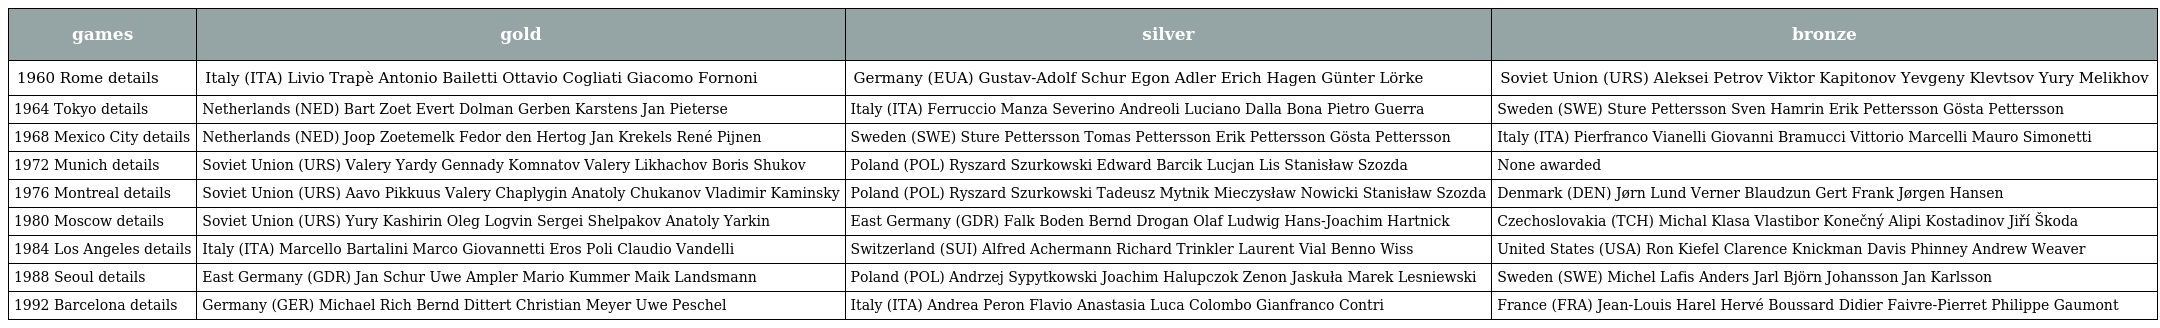
| games | gold | silver | bronze |
 | --- | --- | --- | --- |
 | 1960 Rome details | Italy (ITA) Livio Trapè Antonio Bailetti Ottavio Cogliati Giacomo Fornoni | Germany (EUA) Gustav-Adolf Schur Egon Adler Erich Hagen Günter Lörke | Soviet Union (URS) Aleksei Petrov Viktor Kapitonov Yevgeny Klevtsov Yury Melikhov |
 | 1964 Tokyo details | Netherlands (NED) Bart Zoet Evert Dolman Gerben Karstens Jan Pieterse | Italy (ITA) Ferruccio Manza Severino Andreoli Luciano Dalla Bona Pietro Guerra | Sweden (SWE) Sture Pettersson Sven Hamrin Erik Pettersson Gösta Pettersson |
 | 1968 Mexico City details | Netherlands (NED) Joop Zoetemelk Fedor den Hertog Jan Krekels René Pijnen | Sweden (SWE) Sture Pettersson Tomas Pettersson Erik Pettersson Gösta Pettersson | Italy (ITA) Pierfranco Vianelli Giovanni Bramucci Vittorio Marcelli Mauro Simonetti |
 | 1972 Munich details | Soviet Union (URS) Valery Yardy Gennady Komnatov Valery Likhachov Boris Shukov | Poland (POL) Ryszard Szurkowski Edward Barcik Lucjan Lis Stanisław Szozda | None awarded |
 | 1976 Montreal details | Soviet Union (URS) Aavo Pikkuus Valery Chaplygin Anatoly Chukanov Vladimir Kaminsky | Poland (POL) Ryszard Szurkowski Tadeusz Mytnik Mieczysław Nowicki Stanisław Szozda | Denmark (DEN) Jørn Lund Verner Blaudzun Gert Frank Jørgen Hansen |
 | 1980 Moscow details | Soviet Union (URS) Yury Kashirin Oleg Logvin Sergei Shelpakov Anatoly Yarkin | East Germany (GDR) Falk Boden Bernd Drogan Olaf Ludwig Hans-Joachim Hartnick | Czechoslovakia (TCH) Michal Klasa Vlastibor Konečný Alipi Kostadinov Jiří Škoda |
 | 1984 Los Angeles details | Italy (ITA) Marcello Bartalini Marco Giovannetti Eros Poli Claudio Vandelli | Switzerland (SUI) Alfred Achermann Richard Trinkler Laurent Vial Benno Wiss | United States (USA) Ron Kiefel Clarence Knickman Davis Phinney Andrew Weaver |
 | 1988 Seoul details | East Germany (GDR) Jan Schur Uwe Ampler Mario Kummer Maik Landsmann | Poland (POL) Andrzej Sypytkowski Joachim Halupczok Zenon Jaskuła Marek Lesniewski | Sweden (SWE) Michel Lafis Anders Jarl Björn Johansson Jan Karlsson |
 | 1992 Barcelona details | Germany (GER) Michael Rich Bernd Dittert Christian Meyer Uwe Peschel | Italy (ITA) Andrea Peron Flavio Anastasia Luca Colombo Gianfranco Contri | France (FRA) Jean-Louis Harel Hervé Boussard Didier Faivre-Pierret Philippe Gaumont |